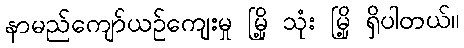
နာမည်ကျော်ယဉ်ကျေးမှု မြို့ သုံး မြို့ ရှိပါတယ်။